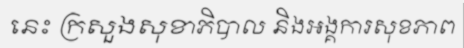
នេះ ក្រសួងសុខាភិបាល និងអង្គការសុខភាព